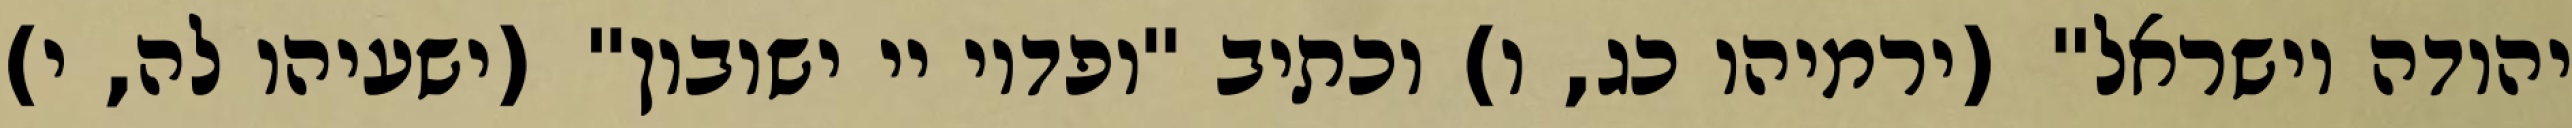
יהודה וישראל" (ירמיהו כג, ו) וכתיב "ופדוי יי ישובון" (ישעיהו לה, י)